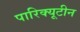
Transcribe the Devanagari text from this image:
पारिक्यूटीन